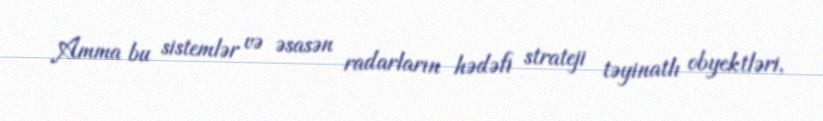
Amma bu sistemlər və əsasən radarların hədəfi strateji təyinatlı obyektləri,